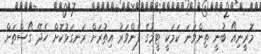
މޮރީނިއޯ ބުނީ ތިންވަނަ ކަމަކީ ޓީމުގެ ފެންވަރު އިތުރަށް ރަނގަޅުކޮށް ހެދޭ ގޯސްތަށް